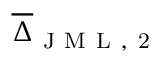
\overline { { \Delta } } _ { \mathrm { ~ J ~ M ~ L ~ , ~ 2 ~ } }